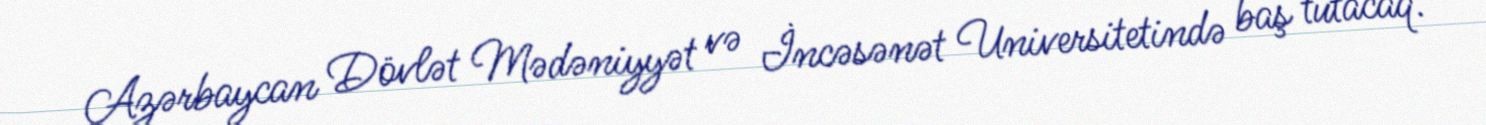
Azərbaycan Dövlət Mədəniyyət və İncəsənət Universitetində baş tutacaq.